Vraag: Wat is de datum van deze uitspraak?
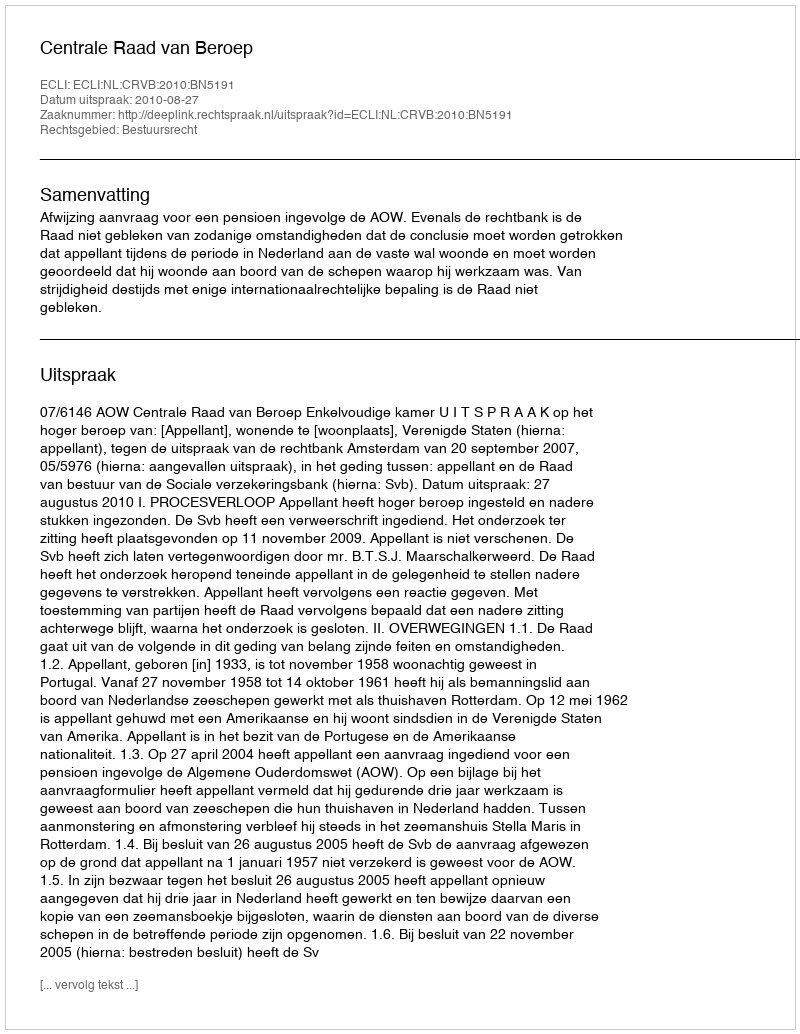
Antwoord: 2010-08-27